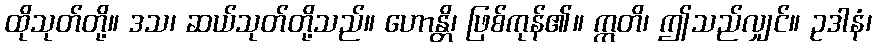
ထိုသုတ်တို့။ ဒသ၊ ဆယ်သုတ်တို့သည်။ ဟောန္တိ၊ ဖြစ်ကုန်၏။ ဣတိ၊ ဤသည်လျှင်။ ဥဒါနံ၊